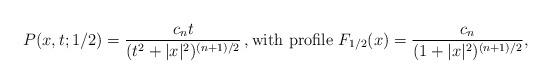
LaTeX: \begin{align*} P(x,t;1/2)=\frac{c_n t}{(t^2+| x|^2)^{(n+1)/2}}\,, \mbox{with profile} \ F_{1/2}(x)=\frac{c_{n}}{(1+| x|^2)^{(n+1)/2}},\end{align*}